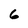
Character: 6